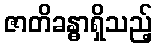
ဇာတိခန္ဓာရှိသည့်